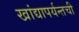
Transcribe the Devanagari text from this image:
खांद्यापर्यन्तची